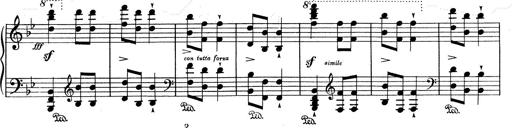
Title: RÃ©miniscences de Don Juan
Composer: Franz Liszt